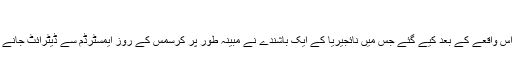
‘‘
سکیورٹی کے یہ زیادہ سخت اقدامات گذشتہ دسمبر میں ہونے والے اس واقعے کے بعد کیے گئے جس میں نائجیریا کے ایک باشندے نے مبینہ طور پر کرسمس کے روز ایمسٹرڈم سے ڈیٹرائٹ جانے والی پرواز کو دھماکا خیز مواد سے تباہ کرنے کی ناکام کوشش کی۔